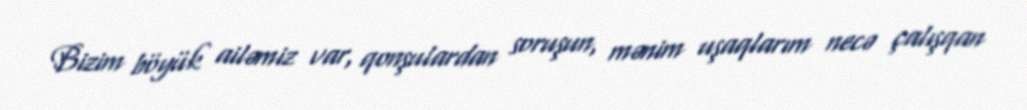
Bizim böyük ailəmiz var, qonşulardan soruşun, mənim uşaqlarım necə çalışqan